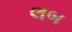
લબ